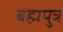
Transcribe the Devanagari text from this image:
बह्मपुत्र